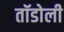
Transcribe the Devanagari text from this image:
तॉडोली